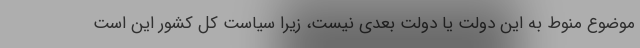
موضوع منوط به این دولت یا دولت بعدی نیست، زیرا سیاست کل کشور این است